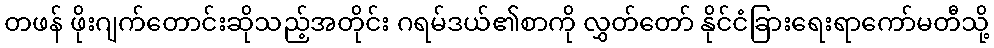
တဖန် ဖိုးဂျက်တောင်းဆိုသည့်အတိုင်း ဂရမ်ဒယ်၏စာကို လွှတ်တော် နိုင်ငံခြားရေးရာကော်မတီသို့